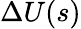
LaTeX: \Delta U(s)